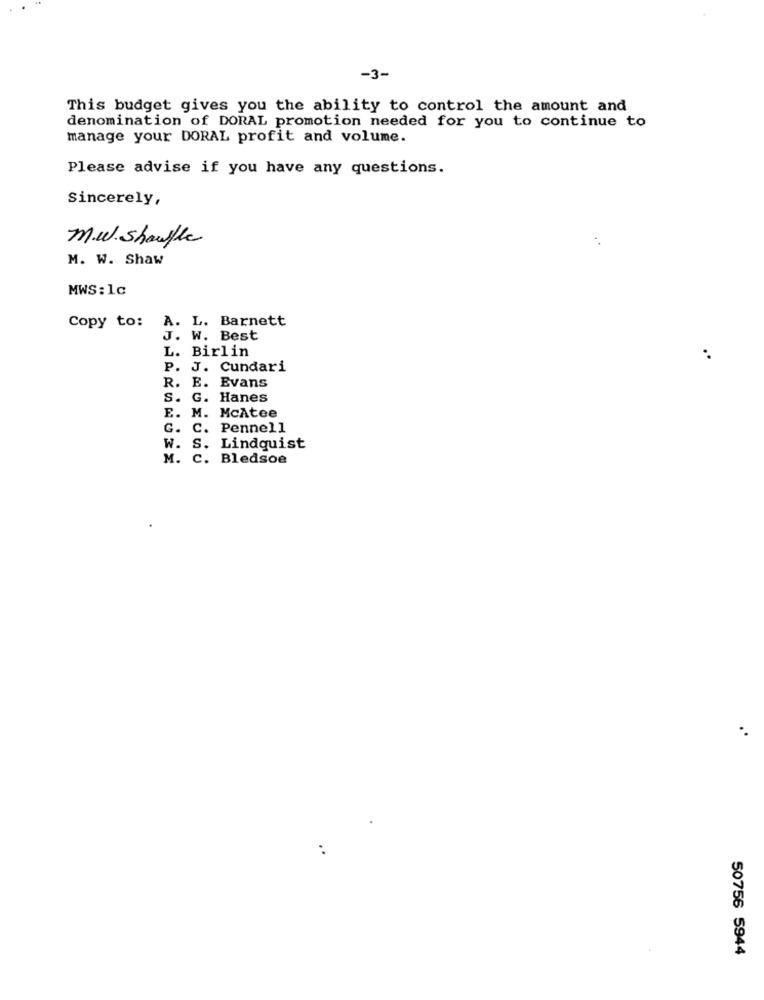
-3-
This budget gives you the ability to control the amount and
denomination of DORAL promotion needed for you to continue to
manage your DORAL profit and volume.
Please advise if you have any questions.
Sincerely,
m.w. Shaufle
M. W. Shaw
MWS: 1c
A. L. Barnett
Copy to:
J. W. Best
L. Birlin
..
P. J. Cundari
R. E. Evans
S. G. Hanes
E. M. McAtee
G. C. Pennell
W. S. Lindquist
M. C. Bledsoe
50756 5944